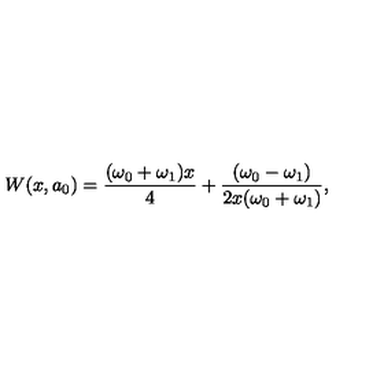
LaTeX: W ( x , a _ { 0 } ) = \frac { ( \omega _ { 0 } + \omega _ { 1 } ) x } { 4 } + \frac { ( \omega _ { 0 } - \omega _ { 1 } ) } { 2 x ( \omega _ { 0 } + \omega _ { 1 } ) } ,